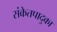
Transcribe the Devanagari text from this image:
संकेतपादुका